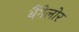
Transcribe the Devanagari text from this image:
बैंगेलोर